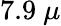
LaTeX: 7.9~\mu